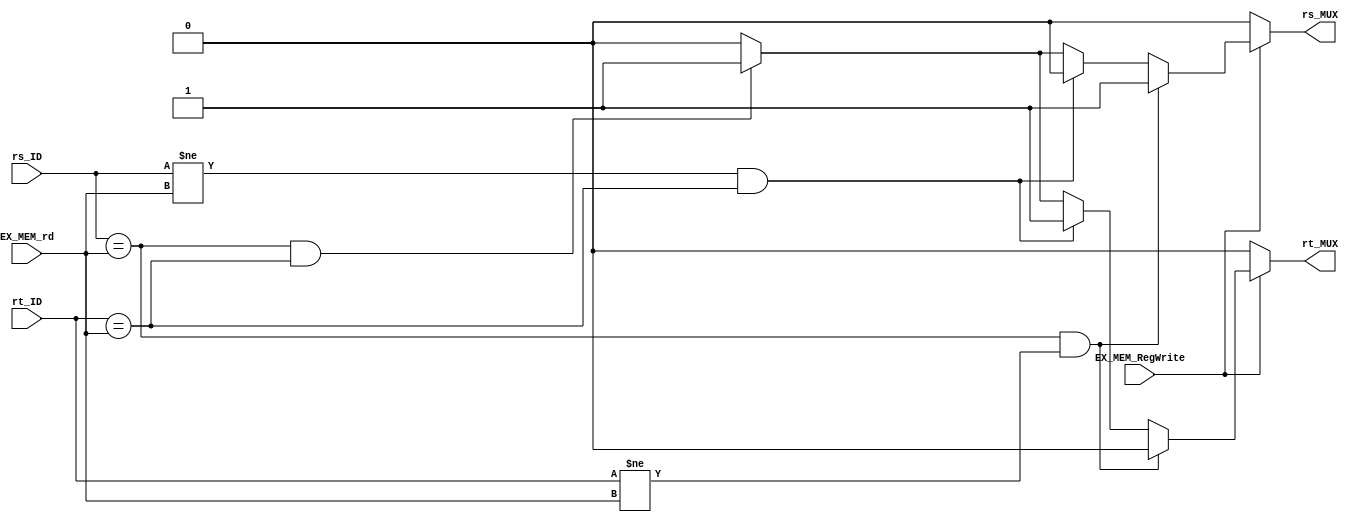
`timescale 1ns / 1ps

module ForwardBranch(rs_ID, rt_ID, EX_MEM_rd, EX_MEM_RegWrite, rs_MUX, rt_MUX);

    input EX_MEM_RegWrite; //checks if the register is being written to
    input [4:0] rs_ID, rt_ID; //register addresses for branch instruction
    input [4:0] EX_MEM_rd; //rd register being written to by the ALU
    //input EX_MEM_MemRead; // checks if it is loadword in memory

    output reg rs_MUX, rt_MUX; //controls the mux signals
    // MUX SIGNAL KEY:
    // 0 --> value from Register File
    // 1 --> value from EX_MEM pipeline

    initial begin
            rs_MUX <= 0;
            rt_MUX <= 0;
    end
        always @(rs_ID, rt_ID, EX_MEM_rd, EX_MEM_RegWrite)begin
        
            if (EX_MEM_RegWrite/* && !EX_MEM_MemRead*/)begin
                if ((rs_ID == EX_MEM_rd) && (rt_ID != EX_MEM_rd))begin
                    rs_MUX <= 1;
                    rt_MUX <= 0;
                end
                else if ((rs_ID != EX_MEM_rd) && (rt_ID == EX_MEM_rd))begin
                    rs_MUX <= 0;
                    rt_MUX <= 1;
                end
                else if ((rs_ID == EX_MEM_rd) && (rt_ID == EX_MEM_rd))begin
                    rs_MUX <= 1;
                    rt_MUX <= 1;
                end
                else begin
                    rs_MUX <= 0;
                    rt_MUX <= 0;
                end

            end
            
            else begin
                rs_MUX <= 0;
                rt_MUX <= 0;
            end
    end



endmodule